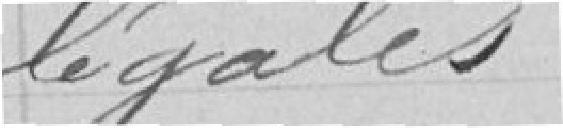
légales.